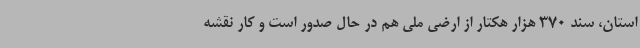
استان، سند 370 هزار هکتار از ارضی ملی هم در حال صدور است و کار نقشه